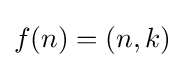
f(n)=(n,k)